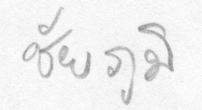
ชัยภูมิ